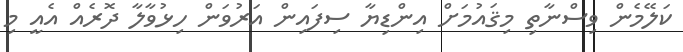
ކަލޭމެން ވިސްނާތި މިޤައުމަށް އިންޑިޔާ ސިފައިން އަރުވަން ހިޅުވާލާ ދޮރެއް އެއީ މި